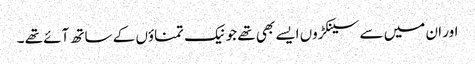
اور ان میں سے سینکڑوں ایسے بھی تھے جو نیک تمناؤں کے ساتھ آئے تھے ۔